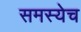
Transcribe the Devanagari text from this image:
समस्येच